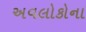
અવલોકોના